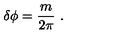
\delta \phi = { \frac { m } { 2 \pi } } \ .